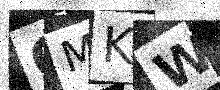
Text: QMKW